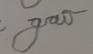
Signature authenticity: forged